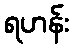
ရဟန်း